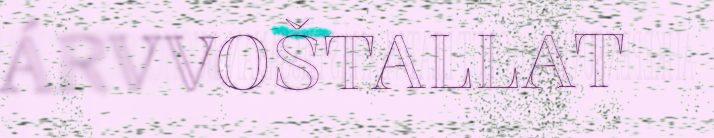
ÁRVVOŠTALLAT